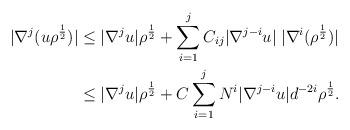
LaTeX: \begin{align*}|\nabla^j (u\rho^{\frac{1}{2}})| &\le | \nabla^j u| \rho^{\frac{1}{2}} + \sum_{i=1}^{j} C_{ij}|\nabla^{j-i} u| \; |\nabla^i (\rho^{\frac{1}{2}})|\\&\le | \nabla^j u| \rho^{\frac{1}{2}} + C\sum_{i=1}^{j}N^i |\nabla^{j-i} u | d^{-2i} \rho^{\frac{1}{2}}.\end{align*}